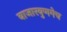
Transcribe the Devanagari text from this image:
बाजारबुणगेच